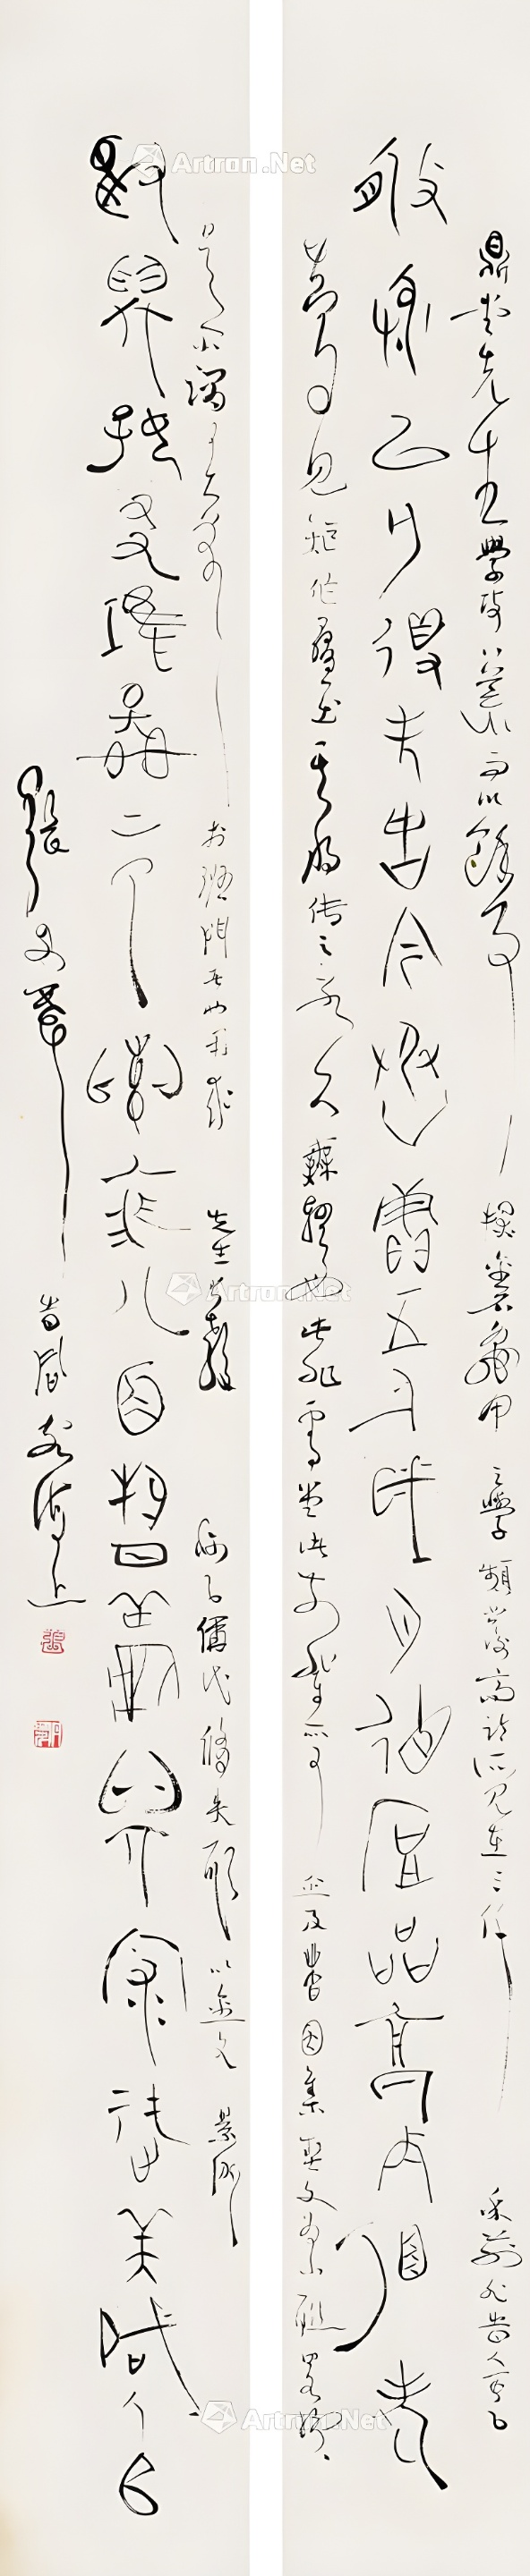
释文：修身以无得夫古今丞赓五千岁月德厚品高丙祖老，□□好友惟图上下□□八面晳□□家徒美启人师。鼎堂先生学考八荒，而以余事探金石龟甲之学，频发高论，所见在三千年前，非时人可以梦见。矩作叠出，其将传之永久无疑也。此非雪堂诸前辈所可企及者，因集契文为小联略抒（景仰）。是所谓升于班门者也。用求先生大教。称以偁代修，失形以金文。张丹斧时同客海上。